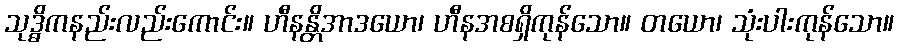
သုဒ္ဓိကနည်းလည်းကောင်း။ ဟီနန္တိအာဒယော၊ ဟီနအစရှိကုန်သော။ တယော၊ သုံးပါးကုန်သော။